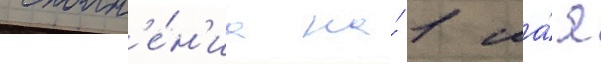
исполн'е́н'иа на́ 1 ма́я